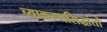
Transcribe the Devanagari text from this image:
व्याकरणसिद्धांतों